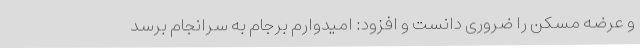
و عرضه مسکن را ضروری دانست و افزود: امیدوارم برجام به سرانجام برسد